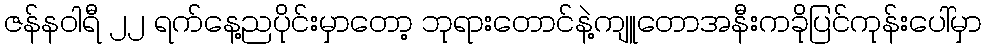
ဇန်နဝါရီ ၂၂ ရက်နေ့ညပိုင်းမှာတော့ ဘုရားတောင်နဲ့ကျူတောအနီးကခိုပြင်ကုန်းပေါ်မှာ